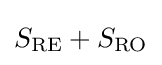
S_{\mathrm {RE} }+S_{\mathrm {RO} }